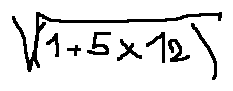
\sqrt { ( 1 + 5 \times 1 2 ) }